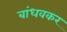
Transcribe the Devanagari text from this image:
बांधवकर